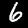
Digit: 6